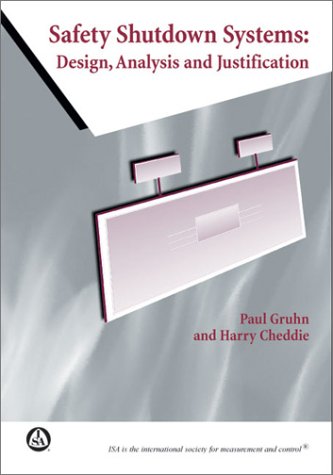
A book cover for Safety Shutdown Systems: Design, Analysis, and Justification; Paul Gruhn; Science & Math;